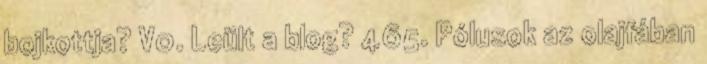
bojkottja? V0. Leült a blog? 465. Pólusok az olajfában